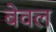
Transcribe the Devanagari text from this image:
बेवल